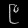
Digit: ၉